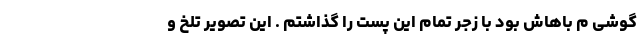
گوشی م باهاش بود با زجر تمام این پست را گذاشتم . این تصویر تلخ و